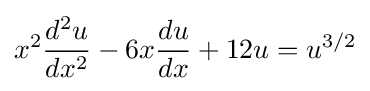
x^{2}{\frac {d^{2}u}{dx^{2}}}-6x{\frac {du}{dx}}+12u=u^{3/2}